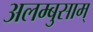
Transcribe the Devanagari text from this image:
अलम्बुसाम्